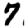
Digit: 7